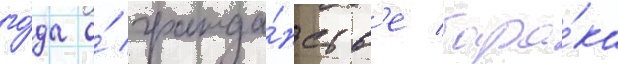
го́да о́ гражда́нств'е бара́ка